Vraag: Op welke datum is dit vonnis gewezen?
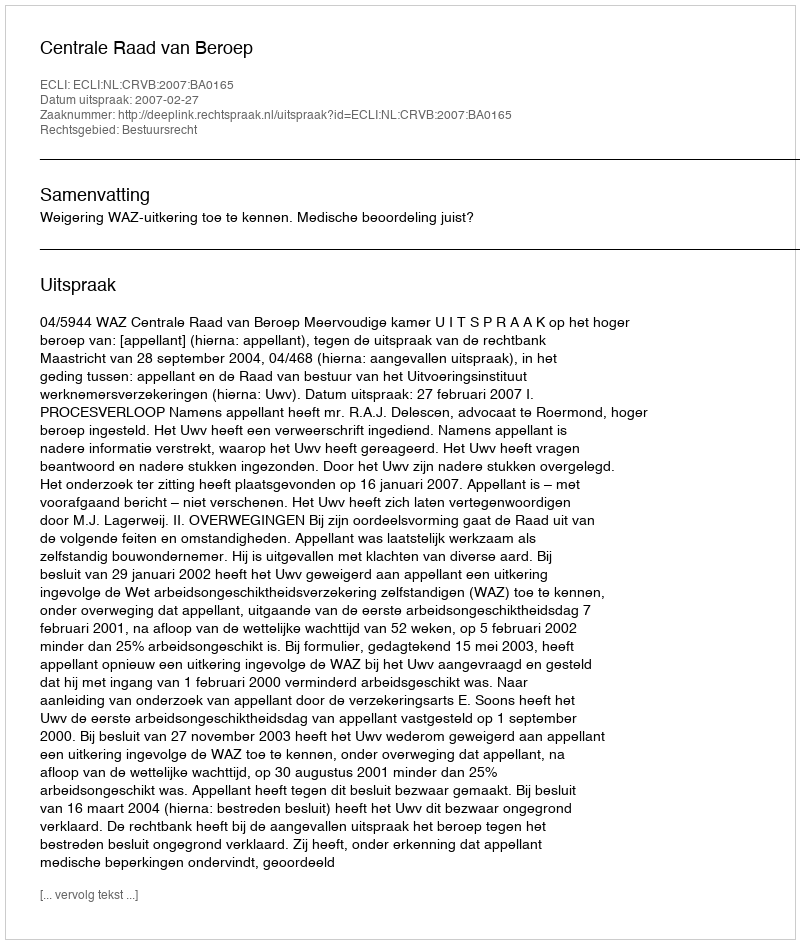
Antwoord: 2007-02-27